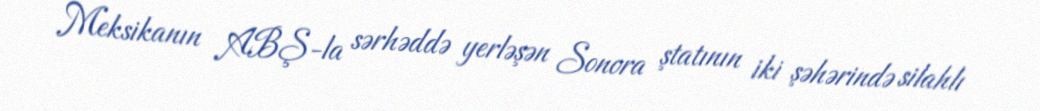
Meksikanın ABŞ-la sərhəddə yerləşən Sonora ştatının iki şəhərində silahlı